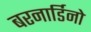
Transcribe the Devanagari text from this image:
बरनार्डिनो